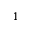
^ 1